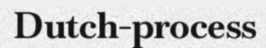
Dutch-process